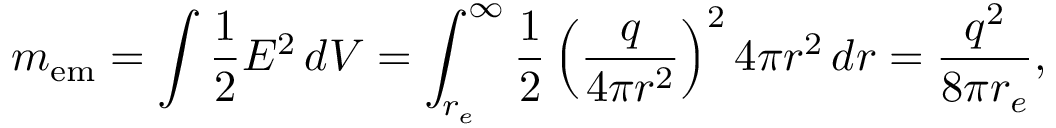
m _ { \mathrm { e m } } = \int { \frac { 1 } { 2 } } E ^ { 2 } \, d V = \int _ { r _ { e } } ^ { \infty } { \frac { 1 } { 2 } } \left( { \frac { q } { 4 \pi r ^ { 2 } } } \right) ^ { 2 } 4 \pi r ^ { 2 } \, d r = { \frac { q ^ { 2 } } { 8 \pi r _ { e } } } ,